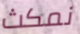
نمكث